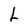
Character: L